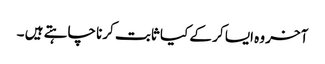
آخر وہ ایسا کر کے کیا ثابت کرنا چاہتے ہیں ۔